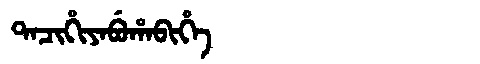
Manchu: ᡨᠠᠴᡳᡥᡳᠶᠠᠪᡠᡥᠠᠪᡳᡥᡝ
Romanization: TACIHIYABUHABIHE